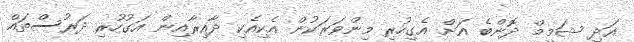
އަދި ޝަމީމް ދޮންބެ އަށް އެގިހުރި މިންވަރަކުން އެކިއެކި ދާއިރާއިން އަގުހުރި ދަރުސްތައް